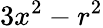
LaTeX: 3x^{2}-r^{2}